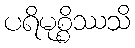
ပရိမုစ္စိဿသိ